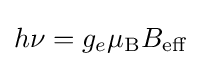
h\nu =g_{e}\mu _{\text{B}}B_{\text{eff}}